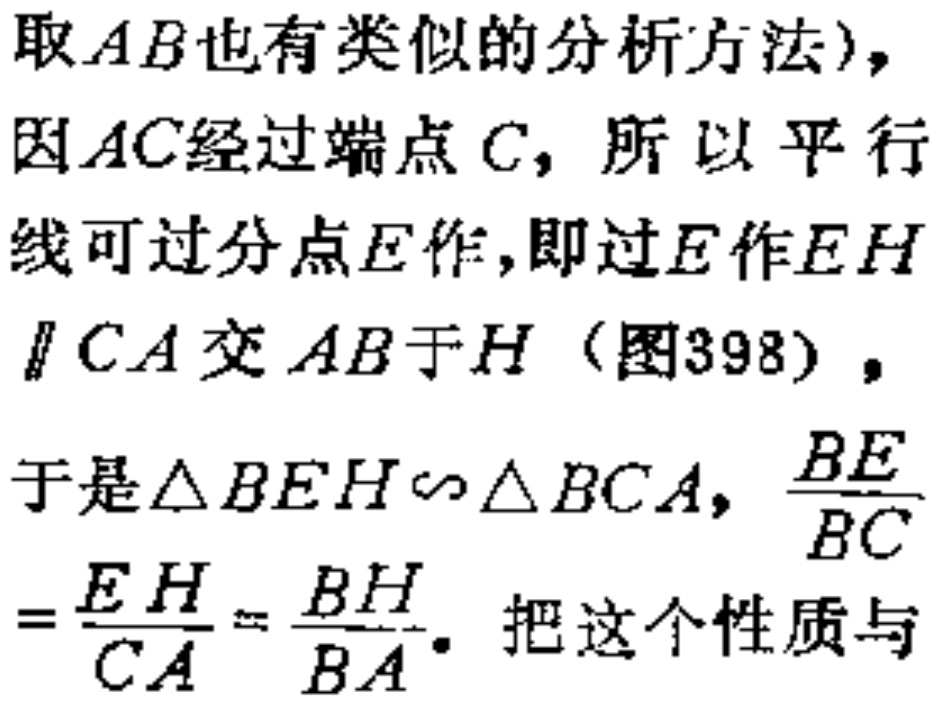
取$AB$也有类似的分析方法)，
因$AC$经过端点$C$，所以平行
线可过分点$E$作，即过$E$作$EH$
$\parallel CA$交$AB$于$H$（图398），
于是$\triangle BEH\sim \triangle BCA$，$\frac{BE}{BC}$
$=\frac{EH}{CA}=\frac{BH}{BA}.$ 把这个性质与